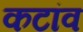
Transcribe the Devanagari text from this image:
कटांव